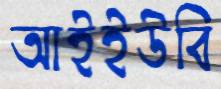
আইইউবি